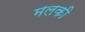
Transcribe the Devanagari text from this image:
मलकी